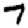
Digit: 7